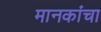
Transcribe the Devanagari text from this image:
मानकांचा